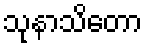
သုနာသိတော